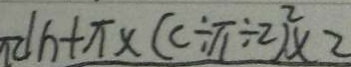
d h + \pi \times ( c \div \pi \div 2 ) ^ { 2 } \times 2